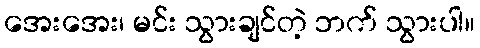
အေးအေး၊ မင်း သွားချင်တဲ့ ဘက် သွားပါ။